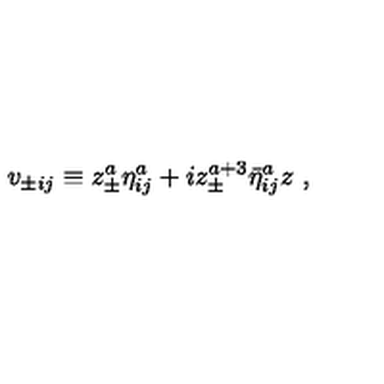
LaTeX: v _ { \pm i j } \equiv z _ { \pm } ^ { a } { \eta } _ { i j } ^ { a } + i z _ { \pm } ^ { a + 3 } { \bar { \eta } } _ { i j } ^ { a } z \ ,